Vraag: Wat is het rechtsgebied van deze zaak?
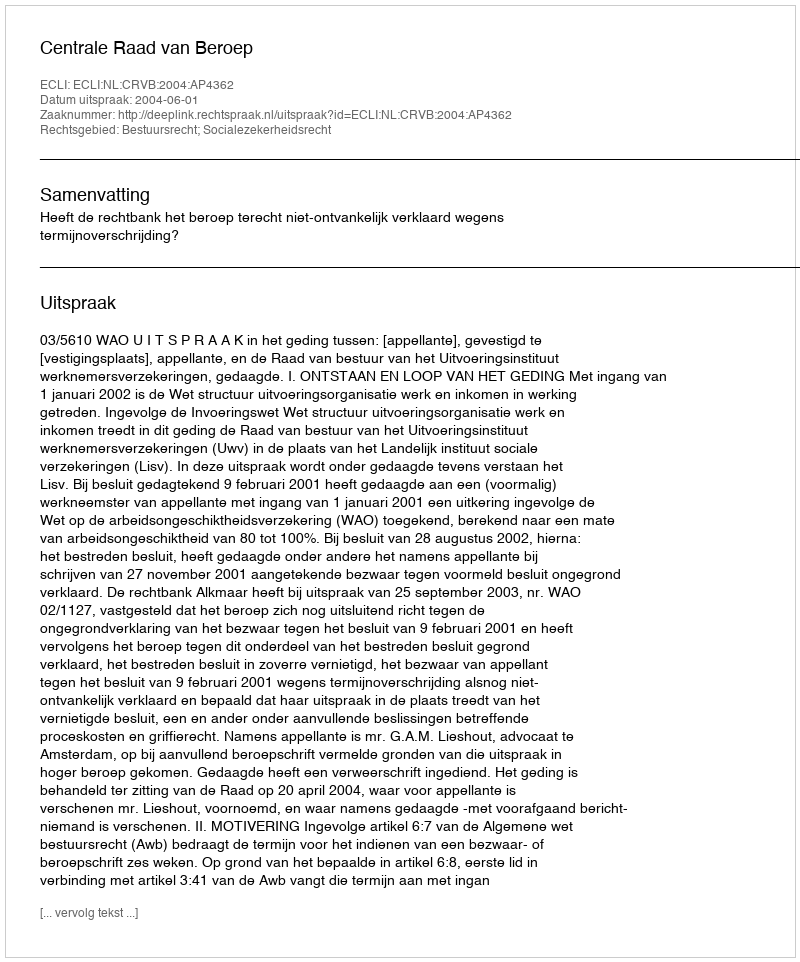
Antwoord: Bestuursrecht; Socialezekerheidsrecht